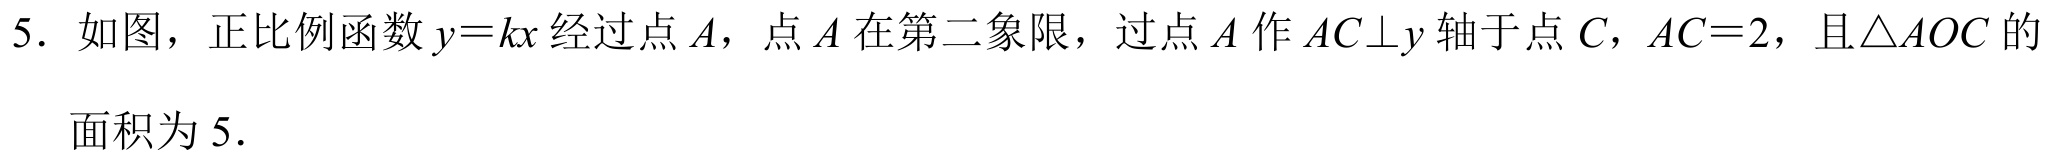
5. 如图，正比例函数 \(y = kx\) 经过点 \(A\)，点 \(A\) 在第二象限，过点 \(A\) 作 \(AC\perp y\) 轴于点 \(C\)，\(AC = 2\)，且\(\triangle AOC\) 的面积为 \(5\).